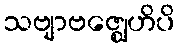
သဗျာဗဇ္ဈေဟိပိ